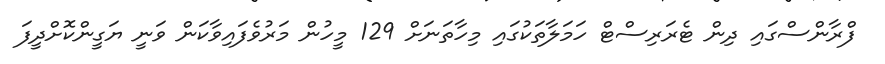
ފްރާންސްގައި ދިން ޓެރަރިސްޓް ހަމަލާތަކުގައި މިހާތަނަށް 129 މީހުން މަރުވެފައިވާކަން ވަނީ ޔަގީންކޮށްދީފަ